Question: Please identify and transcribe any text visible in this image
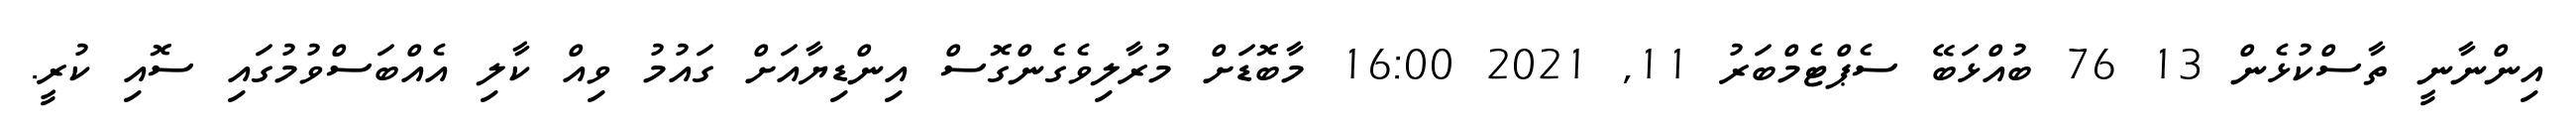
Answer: އިންނާނީ ތާސްކުޅެން 13 76 ބުއްޅަބޭ ސެޕްޓެމްބަރު 11, 2021 16:00 މާބޮޑަށް މުރާލިވެގެންގޮސް އިންޑިޔާއަށް ގައުމު ވިއް ކާލި އެއްބަސްވުމުގައި ސޮއި ކުރީ.